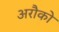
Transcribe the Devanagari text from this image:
अरौको